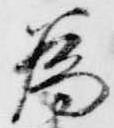
為